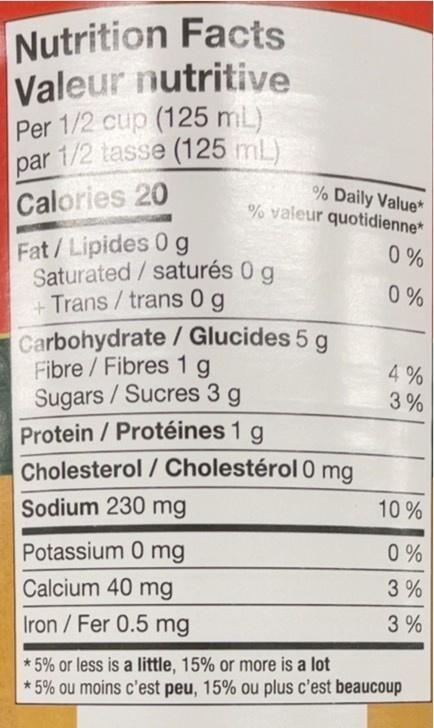
Nutrition Facts Valeur nutritive Per 1/2 cup (125 mL) par 1/2 tasse (125 mL)
% Daily Value*
% valeur quotidienne*
Calories 20
Fat/Lipides 0 g
Saturated/saturés 0 g + Trans / trans 0 g
Carbohydrate / Glucides 5 g Fibre/Fibres 1g Sugars/Sucres 3 g
Protein / Protéines 1 g
Cholesterol / Cholestérol 0 mg
Sodium 230 mg
Potassium 0 mg
Calcium 40 mg
Iron / Fer 0.5 mg
0%
0%
4%
3%
10%
0%
3%
3%
* 5% or less is a little, 15% or more is a lot
* 5% ou moins c'est peu, 15% ou plus c'est beaucoup